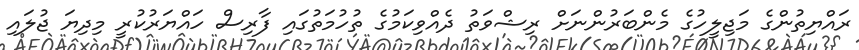
ރައްޔިތުންގެ މަޖިލީހުގެ މެންބަރުންނަށް ރިޝްވަތު ދެއްވިކަމުގެ ތުހުމަތުގައި ފާރިސް ހައްޔަރުކުރީ މިދިޔަ ޖުލައި